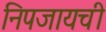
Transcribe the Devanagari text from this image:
निपजायची